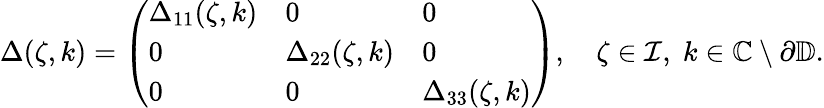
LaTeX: \begin{array}{r}{\Delta(\zeta,k)=\left(\begin{array}{lll}{\Delta_{11}(\zeta,k)}&{0}&{0}\\ {0}&{\Delta_{22}(\zeta,k)}&{0}\\ {0}&{0}&{\Delta_{33}(\zeta,k)}\end{array}\right),\quad\zeta\in\mathcal{I},\; k\in\mathbb{C}\setminus\partial\mathbb{D}.}\end{array}